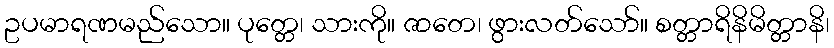
ဥပမာရဏမည်သော။ ပုတ္တေ၊ သားကို။ ဇာတေ၊ ဖွားလတ်သော်။ စတ္တာရိနိမိတ္တာနိ၊